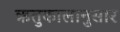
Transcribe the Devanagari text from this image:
ऋतुकालानुसार